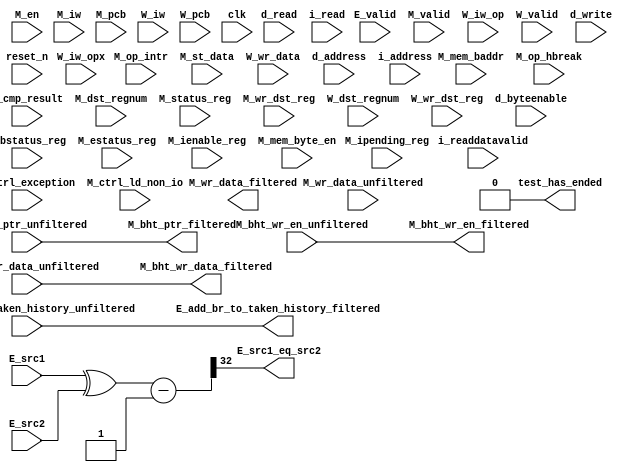
//Legal Notice: (C)2011 Altera Corporation. All rights reserved.  Your
//use of Altera Corporation's design tools, logic functions and other
//software and tools, and its AMPP partner logic functions, and any
//output files any of the foregoing (including device programming or
//simulation files), and any associated documentation or information are
//expressly subject to the terms and conditions of the Altera Program
//License Subscription Agreement or other applicable license agreement,
//including, without limitation, that your use is for the sole purpose
//of programming logic devices manufactured by Altera and sold by Altera
//or its authorized distributors.  Please refer to the applicable
//agreement for further details.


// turn off superfluous verilog processor warnings 
// altera message_level Level1 
// altera message_off 10034 10035 10036 10037 10230 10240 10030 

module cpu_0_test_bench (
                          // inputs:
                           E_add_br_to_taken_history_unfiltered,
                           E_src1,
                           E_src2,
                           E_valid,
                           M_bht_ptr_unfiltered,
                           M_bht_wr_data_unfiltered,
                           M_bht_wr_en_unfiltered,
                           M_bstatus_reg,
                           M_cmp_result,
                           M_ctrl_exception,
                           M_ctrl_ld_non_io,
                           M_dst_regnum,
                           M_en,
                           M_estatus_reg,
                           M_ienable_reg,
                           M_ipending_reg,
                           M_iw,
                           M_mem_baddr,
                           M_mem_byte_en,
                           M_op_hbreak,
                           M_op_intr,
                           M_pcb,
                           M_st_data,
                           M_status_reg,
                           M_valid,
                           M_wr_data_unfiltered,
                           M_wr_dst_reg,
                           W_dst_regnum,
                           W_iw,
                           W_iw_op,
                           W_iw_opx,
                           W_pcb,
                           W_valid,
                           W_wr_data,
                           W_wr_dst_reg,
                           clk,
                           d_address,
                           d_byteenable,
                           d_read,
                           d_write,
                           i_address,
                           i_read,
                           i_readdatavalid,
                           reset_n,

                          // outputs:
                           E_add_br_to_taken_history_filtered,
                           E_src1_eq_src2,
                           M_bht_ptr_filtered,
                           M_bht_wr_data_filtered,
                           M_bht_wr_en_filtered,
                           M_wr_data_filtered,
                           test_has_ended
                        )
;

  output           E_add_br_to_taken_history_filtered;
  output           E_src1_eq_src2;
  output  [  7: 0] M_bht_ptr_filtered;
  output  [  1: 0] M_bht_wr_data_filtered;
  output           M_bht_wr_en_filtered;
  output  [ 31: 0] M_wr_data_filtered;
  output           test_has_ended;
  input            E_add_br_to_taken_history_unfiltered;
  input   [ 31: 0] E_src1;
  input   [ 31: 0] E_src2;
  input            E_valid;
  input   [  7: 0] M_bht_ptr_unfiltered;
  input   [  1: 0] M_bht_wr_data_unfiltered;
  input            M_bht_wr_en_unfiltered;
  input            M_bstatus_reg;
  input            M_cmp_result;
  input            M_ctrl_exception;
  input            M_ctrl_ld_non_io;
  input   [  4: 0] M_dst_regnum;
  input            M_en;
  input            M_estatus_reg;
  input   [ 31: 0] M_ienable_reg;
  input   [ 31: 0] M_ipending_reg;
  input   [ 31: 0] M_iw;
  input   [ 22: 0] M_mem_baddr;
  input   [  3: 0] M_mem_byte_en;
  input            M_op_hbreak;
  input            M_op_intr;
  input   [ 22: 0] M_pcb;
  input   [ 31: 0] M_st_data;
  input            M_status_reg;
  input            M_valid;
  input   [ 31: 0] M_wr_data_unfiltered;
  input            M_wr_dst_reg;
  input   [  4: 0] W_dst_regnum;
  input   [ 31: 0] W_iw;
  input   [  5: 0] W_iw_op;
  input   [  5: 0] W_iw_opx;
  input   [ 22: 0] W_pcb;
  input            W_valid;
  input   [ 31: 0] W_wr_data;
  input            W_wr_dst_reg;
  input            clk;
  input   [ 22: 0] d_address;
  input   [  3: 0] d_byteenable;
  input            d_read;
  input            d_write;
  input   [ 22: 0] i_address;
  input            i_read;
  input            i_readdatavalid;
  input            reset_n;

  wire             E_add_br_to_taken_history_filtered;
  wire             E_src1_eq_src2;
  wire    [ 32: 0] E_src1_src2_fast_cmp;
  wire    [  7: 0] M_bht_ptr_filtered;
  wire    [  1: 0] M_bht_wr_data_filtered;
  wire             M_bht_wr_en_filtered;
  reg     [ 22: 0] M_target_pcb;
  wire    [ 31: 0] M_wr_data_filtered;
  wire             M_wr_data_unfiltered_0_is_x;
  wire             M_wr_data_unfiltered_10_is_x;
  wire             M_wr_data_unfiltered_11_is_x;
  wire             M_wr_data_unfiltered_12_is_x;
  wire             M_wr_data_unfiltered_13_is_x;
  wire             M_wr_data_unfiltered_14_is_x;
  wire             M_wr_data_unfiltered_15_is_x;
  wire             M_wr_data_unfiltered_16_is_x;
  wire             M_wr_data_unfiltered_17_is_x;
  wire             M_wr_data_unfiltered_18_is_x;
  wire             M_wr_data_unfiltered_19_is_x;
  wire             M_wr_data_unfiltered_1_is_x;
  wire             M_wr_data_unfiltered_20_is_x;
  wire             M_wr_data_unfiltered_21_is_x;
  wire             M_wr_data_unfiltered_22_is_x;
  wire             M_wr_data_unfiltered_23_is_x;
  wire             M_wr_data_unfiltered_24_is_x;
  wire             M_wr_data_unfiltered_25_is_x;
  wire             M_wr_data_unfiltered_26_is_x;
  wire             M_wr_data_unfiltered_27_is_x;
  wire             M_wr_data_unfiltered_28_is_x;
  wire             M_wr_data_unfiltered_29_is_x;
  wire             M_wr_data_unfiltered_2_is_x;
  wire             M_wr_data_unfiltered_30_is_x;
  wire             M_wr_data_unfiltered_31_is_x;
  wire             M_wr_data_unfiltered_3_is_x;
  wire             M_wr_data_unfiltered_4_is_x;
  wire             M_wr_data_unfiltered_5_is_x;
  wire             M_wr_data_unfiltered_6_is_x;
  wire             M_wr_data_unfiltered_7_is_x;
  wire             M_wr_data_unfiltered_8_is_x;
  wire             M_wr_data_unfiltered_9_is_x;
  wire    [ 55: 0] W_inst;
  wire             W_op_add;
  wire             W_op_addi;
  wire             W_op_and;
  wire             W_op_andhi;
  wire             W_op_andi;
  wire             W_op_beq;
  wire             W_op_bge;
  wire             W_op_bgeu;
  wire             W_op_blt;
  wire             W_op_bltu;
  wire             W_op_bne;
  wire             W_op_br;
  wire             W_op_break;
  wire             W_op_bret;
  wire             W_op_call;
  wire             W_op_callr;
  wire             W_op_cmpeq;
  wire             W_op_cmpeqi;
  wire             W_op_cmpge;
  wire             W_op_cmpgei;
  wire             W_op_cmpgeu;
  wire             W_op_cmpgeui;
  wire             W_op_cmplt;
  wire             W_op_cmplti;
  wire             W_op_cmpltu;
  wire             W_op_cmpltui;
  wire             W_op_cmpne;
  wire             W_op_cmpnei;
  wire             W_op_crst;
  wire             W_op_custom;
  wire             W_op_div;
  wire             W_op_divu;
  wire             W_op_eret;
  wire             W_op_flushd;
  wire             W_op_flushda;
  wire             W_op_flushi;
  wire             W_op_flushp;
  wire             W_op_hbreak;
  wire             W_op_initd;
  wire             W_op_initda;
  wire             W_op_initi;
  wire             W_op_intr;
  wire             W_op_jmp;
  wire             W_op_jmpi;
  wire             W_op_ldb;
  wire             W_op_ldbio;
  wire             W_op_ldbu;
  wire             W_op_ldbuio;
  wire             W_op_ldh;
  wire             W_op_ldhio;
  wire             W_op_ldhu;
  wire             W_op_ldhuio;
  wire             W_op_ldl;
  wire             W_op_ldw;
  wire             W_op_ldwio;
  wire             W_op_mul;
  wire             W_op_muli;
  wire             W_op_mulxss;
  wire             W_op_mulxsu;
  wire             W_op_mulxuu;
  wire             W_op_nextpc;
  wire             W_op_nor;
  wire             W_op_opx;
  wire             W_op_or;
  wire             W_op_orhi;
  wire             W_op_ori;
  wire             W_op_rdctl;
  wire             W_op_ret;
  wire             W_op_rol;
  wire             W_op_roli;
  wire             W_op_ror;
  wire             W_op_rsv02;
  wire             W_op_rsv09;
  wire             W_op_rsv10;
  wire             W_op_rsv17;
  wire             W_op_rsv18;
  wire             W_op_rsv25;
  wire             W_op_rsv26;
  wire             W_op_rsv33;
  wire             W_op_rsv34;
  wire             W_op_rsv41;
  wire             W_op_rsv42;
  wire             W_op_rsv49;
  wire             W_op_rsv56;
  wire             W_op_rsv57;
  wire             W_op_rsv61;
  wire             W_op_rsv62;
  wire             W_op_rsv63;
  wire             W_op_rsvx00;
  wire             W_op_rsvx10;
  wire             W_op_rsvx15;
  wire             W_op_rsvx17;
  wire             W_op_rsvx20;
  wire             W_op_rsvx21;
  wire             W_op_rsvx25;
  wire             W_op_rsvx33;
  wire             W_op_rsvx34;
  wire             W_op_rsvx35;
  wire             W_op_rsvx42;
  wire             W_op_rsvx43;
  wire             W_op_rsvx44;
  wire             W_op_rsvx47;
  wire             W_op_rsvx50;
  wire             W_op_rsvx51;
  wire             W_op_rsvx55;
  wire             W_op_rsvx56;
  wire             W_op_rsvx60;
  wire             W_op_rsvx63;
  wire             W_op_sll;
  wire             W_op_slli;
  wire             W_op_sra;
  wire             W_op_srai;
  wire             W_op_srl;
  wire             W_op_srli;
  wire             W_op_stb;
  wire             W_op_stbio;
  wire             W_op_stc;
  wire             W_op_sth;
  wire             W_op_sthio;
  wire             W_op_stw;
  wire             W_op_stwio;
  wire             W_op_sub;
  wire             W_op_sync;
  wire             W_op_trap;
  wire             W_op_wrctl;
  wire             W_op_xor;
  wire             W_op_xorhi;
  wire             W_op_xori;
  wire    [ 55: 0] W_vinst;
  wire             test_has_ended;
  always @(posedge clk or negedge reset_n)
    begin
      if (reset_n == 0)
          M_target_pcb <= 0;
      else if (M_en)
          M_target_pcb <= E_src1[22 : 0];
    end


  assign E_src1_src2_fast_cmp = {1'b0, E_src1 ^ E_src2} - 33'b1;
  assign E_src1_eq_src2 = E_src1_src2_fast_cmp[32];
  //Propagating 'X' data bits
  assign E_add_br_to_taken_history_filtered = E_add_br_to_taken_history_unfiltered;

  //Propagating 'X' data bits
  assign M_bht_wr_en_filtered = M_bht_wr_en_unfiltered;

  //Propagating 'X' data bits
  assign M_bht_wr_data_filtered = M_bht_wr_data_unfiltered;

  //Propagating 'X' data bits
  assign M_bht_ptr_filtered = M_bht_ptr_unfiltered;

  assign test_has_ended = 1'b0;
  assign W_op_rsv02 = W_iw_op[5 : 0] == 2;
  assign W_op_cmplti = W_iw_op[5 : 0] == 16;
  assign W_op_rsv18 = W_iw_op[5 : 0] == 18;
  assign W_op_rsv26 = W_iw_op[5 : 0] == 26;
  assign W_op_rsv42 = W_iw_op[5 : 0] == 42;
  assign W_op_ldbio = W_iw_op[5 : 0] == 39;
  assign W_op_ldbu = W_iw_op[5 : 0] == 3;
  assign W_op_orhi = W_iw_op[5 : 0] == 52;
  assign W_op_bge = W_iw_op[5 : 0] == 14;
  assign W_op_stc = W_iw_op[5 : 0] == 29;
  assign W_op_br = W_iw_op[5 : 0] == 6;
  assign W_op_ldhio = W_iw_op[5 : 0] == 47;
  assign W_op_rsv41 = W_iw_op[5 : 0] == 41;
  assign W_op_ldwio = W_iw_op[5 : 0] == 55;
  assign W_op_rsv61 = W_iw_op[5 : 0] == 61;
  assign W_op_opx = W_iw_op[5 : 0] == 58;
  assign W_op_stb = W_iw_op[5 : 0] == 5;
  assign W_op_rsv62 = W_iw_op[5 : 0] == 62;
  assign W_op_bltu = W_iw_op[5 : 0] == 54;
  assign W_op_custom = W_iw_op[5 : 0] == 50;
  assign W_op_muli = W_iw_op[5 : 0] == 36;
  assign W_op_xori = W_iw_op[5 : 0] == 28;
  assign W_op_cmpgei = W_iw_op[5 : 0] == 8;
  assign W_op_ldw = W_iw_op[5 : 0] == 23;
  assign W_op_cmpeqi = W_iw_op[5 : 0] == 32;
  assign W_op_ldh = W_iw_op[5 : 0] == 15;
  assign W_op_stw = W_iw_op[5 : 0] == 21;
  assign W_op_rsv09 = W_iw_op[5 : 0] == 9;
  assign W_op_cmpnei = W_iw_op[5 : 0] == 24;
  assign W_op_ldb = W_iw_op[5 : 0] == 7;
  assign W_op_bgeu = W_iw_op[5 : 0] == 46;
  assign W_op_stwio = W_iw_op[5 : 0] == 53;
  assign W_op_rsv33 = W_iw_op[5 : 0] == 33;
  assign W_op_ldl = W_iw_op[5 : 0] == 31;
  assign W_op_andhi = W_iw_op[5 : 0] == 44;
  assign W_op_ldbuio = W_iw_op[5 : 0] == 35;
  assign W_op_rsv34 = W_iw_op[5 : 0] == 34;
  assign W_op_sthio = W_iw_op[5 : 0] == 45;
  assign W_op_cmpgeui = W_iw_op[5 : 0] == 40;
  assign W_op_stbio = W_iw_op[5 : 0] == 37;
  assign W_op_andi = W_iw_op[5 : 0] == 12;
  assign W_op_addi = W_iw_op[5 : 0] == 4;
  assign W_op_flushda = W_iw_op[5 : 0] == 27;
  assign W_op_rsv49 = W_iw_op[5 : 0] == 49;
  assign W_op_jmpi = W_iw_op[5 : 0] == 1;
  assign W_op_initda = W_iw_op[5 : 0] == 19;
  assign W_op_blt = W_iw_op[5 : 0] == 22;
  assign W_op_beq = W_iw_op[5 : 0] == 38;
  assign W_op_ori = W_iw_op[5 : 0] == 20;
  assign W_op_cmpltui = W_iw_op[5 : 0] == 48;
  assign W_op_xorhi = W_iw_op[5 : 0] == 60;
  assign W_op_rsv56 = W_iw_op[5 : 0] == 56;
  assign W_op_ldhuio = W_iw_op[5 : 0] == 43;
  assign W_op_rsv63 = W_iw_op[5 : 0] == 63;
  assign W_op_bne = W_iw_op[5 : 0] == 30;
  assign W_op_rsv57 = W_iw_op[5 : 0] == 57;
  assign W_op_call = W_iw_op[5 : 0] == 0;
  assign W_op_ldhu = W_iw_op[5 : 0] == 11;
  assign W_op_flushd = W_iw_op[5 : 0] == 59;
  assign W_op_initd = W_iw_op[5 : 0] == 51;
  assign W_op_rsv10 = W_iw_op[5 : 0] == 10;
  assign W_op_rsv17 = W_iw_op[5 : 0] == 17;
  assign W_op_sth = W_iw_op[5 : 0] == 13;
  assign W_op_rsv25 = W_iw_op[5 : 0] == 25;
  assign W_op_flushi = W_op_opx & (W_iw_opx[5 : 0] == 12);
  assign W_op_mulxuu = W_op_opx & (W_iw_opx[5 : 0] == 7);
  assign W_op_rsvx33 = W_op_opx & (W_iw_opx[5 : 0] == 33);
  assign W_op_wrctl = W_op_opx & (W_iw_opx[5 : 0] == 46);
  assign W_op_roli = W_op_opx & (W_iw_opx[5 : 0] == 2);
  assign W_op_intr = W_op_opx & (W_iw_opx[5 : 0] == 61);
  assign W_op_rsvx43 = W_op_opx & (W_iw_opx[5 : 0] == 43);
  assign W_op_srl = W_op_opx & (W_iw_opx[5 : 0] == 27);
  assign W_op_trap = W_op_opx & (W_iw_opx[5 : 0] == 45);
  assign W_op_rsvx17 = W_op_opx & (W_iw_opx[5 : 0] == 17);
  assign W_op_break = W_op_opx & (W_iw_opx[5 : 0] == 52);
  assign W_op_rdctl = W_op_opx & (W_iw_opx[5 : 0] == 38);
  assign W_op_cmpltu = W_op_opx & (W_iw_opx[5 : 0] == 48);
  assign W_op_callr = W_op_opx & (W_iw_opx[5 : 0] == 29);
  assign W_op_cmpge = W_op_opx & (W_iw_opx[5 : 0] == 8);
  assign W_op_rsvx47 = W_op_opx & (W_iw_opx[5 : 0] == 47);
  assign W_op_and = W_op_opx & (W_iw_opx[5 : 0] == 14);
  assign W_op_rsvx00 = W_op_opx & (W_iw_opx[5 : 0] == 0);
  assign W_op_rsvx56 = W_op_opx & (W_iw_opx[5 : 0] == 56);
  assign W_op_hbreak = W_op_opx & (W_iw_opx[5 : 0] == 53);
  assign W_op_flushp = W_op_opx & (W_iw_opx[5 : 0] == 4);
  assign W_op_nor = W_op_opx & (W_iw_opx[5 : 0] == 6);
  assign W_op_rsvx50 = W_op_opx & (W_iw_opx[5 : 0] == 50);
  assign W_op_initi = W_op_opx & (W_iw_opx[5 : 0] == 41);
  assign W_op_srai = W_op_opx & (W_iw_opx[5 : 0] == 58);
  assign W_op_sync = W_op_opx & (W_iw_opx[5 : 0] == 54);
  assign W_op_rsvx15 = W_op_opx & (W_iw_opx[5 : 0] == 15);
  assign W_op_rsvx55 = W_op_opx & (W_iw_opx[5 : 0] == 55);
  assign W_op_crst = W_op_opx & (W_iw_opx[5 : 0] == 62);
  assign W_op_rsvx42 = W_op_opx & (W_iw_opx[5 : 0] == 42);
  assign W_op_xor = W_op_opx & (W_iw_opx[5 : 0] == 30);
  assign W_op_rsvx34 = W_op_opx & (W_iw_opx[5 : 0] == 34);
  assign W_op_mulxss = W_op_opx & (W_iw_opx[5 : 0] == 31);
  assign W_op_rsvx51 = W_op_opx & (W_iw_opx[5 : 0] == 51);
  assign W_op_rsvx10 = W_op_opx & (W_iw_opx[5 : 0] == 10);
  assign W_op_eret = W_op_opx & (W_iw_opx[5 : 0] == 1);
  assign W_op_rsvx25 = W_op_opx & (W_iw_opx[5 : 0] == 25);
  assign W_op_jmp = W_op_opx & (W_iw_opx[5 : 0] == 13);
  assign W_op_or = W_op_opx & (W_iw_opx[5 : 0] == 22);
  assign W_op_rsvx35 = W_op_opx & (W_iw_opx[5 : 0] == 35);
  assign W_op_sra = W_op_opx & (W_iw_opx[5 : 0] == 59);
  assign W_op_rsvx20 = W_op_opx & (W_iw_opx[5 : 0] == 20);
  assign W_op_slli = W_op_opx & (W_iw_opx[5 : 0] == 18);
  assign W_op_mulxsu = W_op_opx & (W_iw_opx[5 : 0] == 23);
  assign W_op_rsvx21 = W_op_opx & (W_iw_opx[5 : 0] == 21);
  assign W_op_ror = W_op_opx & (W_iw_opx[5 : 0] == 11);
  assign W_op_srli = W_op_opx & (W_iw_opx[5 : 0] == 26);
  assign W_op_sll = W_op_opx & (W_iw_opx[5 : 0] == 19);
  assign W_op_div = W_op_opx & (W_iw_opx[5 : 0] == 37);
  assign W_op_cmplt = W_op_opx & (W_iw_opx[5 : 0] == 16);
  assign W_op_add = W_op_opx & (W_iw_opx[5 : 0] == 49);
  assign W_op_rsvx44 = W_op_opx & (W_iw_opx[5 : 0] == 44);
  assign W_op_bret = W_op_opx & (W_iw_opx[5 : 0] == 9);
  assign W_op_rsvx60 = W_op_opx & (W_iw_opx[5 : 0] == 60);
  assign W_op_rsvx63 = W_op_opx & (W_iw_opx[5 : 0] == 63);
  assign W_op_mul = W_op_opx & (W_iw_opx[5 : 0] == 39);
  assign W_op_cmpgeu = W_op_opx & (W_iw_opx[5 : 0] == 40);
  assign W_op_cmpne = W_op_opx & (W_iw_opx[5 : 0] == 24);
  assign W_op_cmpeq = W_op_opx & (W_iw_opx[5 : 0] == 32);
  assign W_op_ret = W_op_opx & (W_iw_opx[5 : 0] == 5);
  assign W_op_rol = W_op_opx & (W_iw_opx[5 : 0] == 3);
  assign W_op_sub = W_op_opx & (W_iw_opx[5 : 0] == 57);
  assign W_op_nextpc = W_op_opx & (W_iw_opx[5 : 0] == 28);
  assign W_op_divu = W_op_opx & (W_iw_opx[5 : 0] == 36);

//synthesis translate_off
//////////////// SIMULATION-ONLY CONTENTS
  //Clearing 'X' data bits
  assign M_wr_data_unfiltered_0_is_x = ^(M_wr_data_unfiltered[0]) === 1'bx;

  assign M_wr_data_filtered[0] = (M_wr_data_unfiltered_0_is_x & (M_ctrl_ld_non_io)) ? 1'b0 : M_wr_data_unfiltered[0];
  assign M_wr_data_unfiltered_1_is_x = ^(M_wr_data_unfiltered[1]) === 1'bx;
  assign M_wr_data_filtered[1] = (M_wr_data_unfiltered_1_is_x & (M_ctrl_ld_non_io)) ? 1'b0 : M_wr_data_unfiltered[1];
  assign M_wr_data_unfiltered_2_is_x = ^(M_wr_data_unfiltered[2]) === 1'bx;
  assign M_wr_data_filtered[2] = (M_wr_data_unfiltered_2_is_x & (M_ctrl_ld_non_io)) ? 1'b0 : M_wr_data_unfiltered[2];
  assign M_wr_data_unfiltered_3_is_x = ^(M_wr_data_unfiltered[3]) === 1'bx;
  assign M_wr_data_filtered[3] = (M_wr_data_unfiltered_3_is_x & (M_ctrl_ld_non_io)) ? 1'b0 : M_wr_data_unfiltered[3];
  assign M_wr_data_unfiltered_4_is_x = ^(M_wr_data_unfiltered[4]) === 1'bx;
  assign M_wr_data_filtered[4] = (M_wr_data_unfiltered_4_is_x & (M_ctrl_ld_non_io)) ? 1'b0 : M_wr_data_unfiltered[4];
  assign M_wr_data_unfiltered_5_is_x = ^(M_wr_data_unfiltered[5]) === 1'bx;
  assign M_wr_data_filtered[5] = (M_wr_data_unfiltered_5_is_x & (M_ctrl_ld_non_io)) ? 1'b0 : M_wr_data_unfiltered[5];
  assign M_wr_data_unfiltered_6_is_x = ^(M_wr_data_unfiltered[6]) === 1'bx;
  assign M_wr_data_filtered[6] = (M_wr_data_unfiltered_6_is_x & (M_ctrl_ld_non_io)) ? 1'b0 : M_wr_data_unfiltered[6];
  assign M_wr_data_unfiltered_7_is_x = ^(M_wr_data_unfiltered[7]) === 1'bx;
  assign M_wr_data_filtered[7] = (M_wr_data_unfiltered_7_is_x & (M_ctrl_ld_non_io)) ? 1'b0 : M_wr_data_unfiltered[7];
  assign M_wr_data_unfiltered_8_is_x = ^(M_wr_data_unfiltered[8]) === 1'bx;
  assign M_wr_data_filtered[8] = (M_wr_data_unfiltered_8_is_x & (M_ctrl_ld_non_io)) ? 1'b0 : M_wr_data_unfiltered[8];
  assign M_wr_data_unfiltered_9_is_x = ^(M_wr_data_unfiltered[9]) === 1'bx;
  assign M_wr_data_filtered[9] = (M_wr_data_unfiltered_9_is_x & (M_ctrl_ld_non_io)) ? 1'b0 : M_wr_data_unfiltered[9];
  assign M_wr_data_unfiltered_10_is_x = ^(M_wr_data_unfiltered[10]) === 1'bx;
  assign M_wr_data_filtered[10] = (M_wr_data_unfiltered_10_is_x & (M_ctrl_ld_non_io)) ? 1'b0 : M_wr_data_unfiltered[10];
  assign M_wr_data_unfiltered_11_is_x = ^(M_wr_data_unfiltered[11]) === 1'bx;
  assign M_wr_data_filtered[11] = (M_wr_data_unfiltered_11_is_x & (M_ctrl_ld_non_io)) ? 1'b0 : M_wr_data_unfiltered[11];
  assign M_wr_data_unfiltered_12_is_x = ^(M_wr_data_unfiltered[12]) === 1'bx;
  assign M_wr_data_filtered[12] = (M_wr_data_unfiltered_12_is_x & (M_ctrl_ld_non_io)) ? 1'b0 : M_wr_data_unfiltered[12];
  assign M_wr_data_unfiltered_13_is_x = ^(M_wr_data_unfiltered[13]) === 1'bx;
  assign M_wr_data_filtered[13] = (M_wr_data_unfiltered_13_is_x & (M_ctrl_ld_non_io)) ? 1'b0 : M_wr_data_unfiltered[13];
  assign M_wr_data_unfiltered_14_is_x = ^(M_wr_data_unfiltered[14]) === 1'bx;
  assign M_wr_data_filtered[14] = (M_wr_data_unfiltered_14_is_x & (M_ctrl_ld_non_io)) ? 1'b0 : M_wr_data_unfiltered[14];
  assign M_wr_data_unfiltered_15_is_x = ^(M_wr_data_unfiltered[15]) === 1'bx;
  assign M_wr_data_filtered[15] = (M_wr_data_unfiltered_15_is_x & (M_ctrl_ld_non_io)) ? 1'b0 : M_wr_data_unfiltered[15];
  assign M_wr_data_unfiltered_16_is_x = ^(M_wr_data_unfiltered[16]) === 1'bx;
  assign M_wr_data_filtered[16] = (M_wr_data_unfiltered_16_is_x & (M_ctrl_ld_non_io)) ? 1'b0 : M_wr_data_unfiltered[16];
  assign M_wr_data_unfiltered_17_is_x = ^(M_wr_data_unfiltered[17]) === 1'bx;
  assign M_wr_data_filtered[17] = (M_wr_data_unfiltered_17_is_x & (M_ctrl_ld_non_io)) ? 1'b0 : M_wr_data_unfiltered[17];
  assign M_wr_data_unfiltered_18_is_x = ^(M_wr_data_unfiltered[18]) === 1'bx;
  assign M_wr_data_filtered[18] = (M_wr_data_unfiltered_18_is_x & (M_ctrl_ld_non_io)) ? 1'b0 : M_wr_data_unfiltered[18];
  assign M_wr_data_unfiltered_19_is_x = ^(M_wr_data_unfiltered[19]) === 1'bx;
  assign M_wr_data_filtered[19] = (M_wr_data_unfiltered_19_is_x & (M_ctrl_ld_non_io)) ? 1'b0 : M_wr_data_unfiltered[19];
  assign M_wr_data_unfiltered_20_is_x = ^(M_wr_data_unfiltered[20]) === 1'bx;
  assign M_wr_data_filtered[20] = (M_wr_data_unfiltered_20_is_x & (M_ctrl_ld_non_io)) ? 1'b0 : M_wr_data_unfiltered[20];
  assign M_wr_data_unfiltered_21_is_x = ^(M_wr_data_unfiltered[21]) === 1'bx;
  assign M_wr_data_filtered[21] = (M_wr_data_unfiltered_21_is_x & (M_ctrl_ld_non_io)) ? 1'b0 : M_wr_data_unfiltered[21];
  assign M_wr_data_unfiltered_22_is_x = ^(M_wr_data_unfiltered[22]) === 1'bx;
  assign M_wr_data_filtered[22] = (M_wr_data_unfiltered_22_is_x & (M_ctrl_ld_non_io)) ? 1'b0 : M_wr_data_unfiltered[22];
  assign M_wr_data_unfiltered_23_is_x = ^(M_wr_data_unfiltered[23]) === 1'bx;
  assign M_wr_data_filtered[23] = (M_wr_data_unfiltered_23_is_x & (M_ctrl_ld_non_io)) ? 1'b0 : M_wr_data_unfiltered[23];
  assign M_wr_data_unfiltered_24_is_x = ^(M_wr_data_unfiltered[24]) === 1'bx;
  assign M_wr_data_filtered[24] = (M_wr_data_unfiltered_24_is_x & (M_ctrl_ld_non_io)) ? 1'b0 : M_wr_data_unfiltered[24];
  assign M_wr_data_unfiltered_25_is_x = ^(M_wr_data_unfiltered[25]) === 1'bx;
  assign M_wr_data_filtered[25] = (M_wr_data_unfiltered_25_is_x & (M_ctrl_ld_non_io)) ? 1'b0 : M_wr_data_unfiltered[25];
  assign M_wr_data_unfiltered_26_is_x = ^(M_wr_data_unfiltered[26]) === 1'bx;
  assign M_wr_data_filtered[26] = (M_wr_data_unfiltered_26_is_x & (M_ctrl_ld_non_io)) ? 1'b0 : M_wr_data_unfiltered[26];
  assign M_wr_data_unfiltered_27_is_x = ^(M_wr_data_unfiltered[27]) === 1'bx;
  assign M_wr_data_filtered[27] = (M_wr_data_unfiltered_27_is_x & (M_ctrl_ld_non_io)) ? 1'b0 : M_wr_data_unfiltered[27];
  assign M_wr_data_unfiltered_28_is_x = ^(M_wr_data_unfiltered[28]) === 1'bx;
  assign M_wr_data_filtered[28] = (M_wr_data_unfiltered_28_is_x & (M_ctrl_ld_non_io)) ? 1'b0 : M_wr_data_unfiltered[28];
  assign M_wr_data_unfiltered_29_is_x = ^(M_wr_data_unfiltered[29]) === 1'bx;
  assign M_wr_data_filtered[29] = (M_wr_data_unfiltered_29_is_x & (M_ctrl_ld_non_io)) ? 1'b0 : M_wr_data_unfiltered[29];
  assign M_wr_data_unfiltered_30_is_x = ^(M_wr_data_unfiltered[30]) === 1'bx;
  assign M_wr_data_filtered[30] = (M_wr_data_unfiltered_30_is_x & (M_ctrl_ld_non_io)) ? 1'b0 : M_wr_data_unfiltered[30];
  assign M_wr_data_unfiltered_31_is_x = ^(M_wr_data_unfiltered[31]) === 1'bx;
  assign M_wr_data_filtered[31] = (M_wr_data_unfiltered_31_is_x & (M_ctrl_ld_non_io)) ? 1'b0 : M_wr_data_unfiltered[31];
  always @(posedge clk)
    begin
      if (reset_n)
          if (^(W_wr_dst_reg) === 1'bx)
            begin
              $write("%0d ns: ERROR: cpu_0_test_bench/W_wr_dst_reg is 'x'\n", $time);
              $stop;
            end
    end


  always @(posedge clk or negedge reset_n)
    begin
      if (reset_n == 0)
        begin
        end
      else if (W_wr_dst_reg)
          if (^(W_dst_regnum) === 1'bx)
            begin
              $write("%0d ns: ERROR: cpu_0_test_bench/W_dst_regnum is 'x'\n", $time);
              $stop;
            end
    end


  always @(posedge clk or negedge reset_n)
    begin
      if (reset_n == 0)
        begin
        end
      else if (W_wr_dst_reg)
          if (^(W_wr_data) === 1'bx)
            begin
              $write("%0d ns: ERROR: cpu_0_test_bench/W_wr_data is 'x'\n", $time);
              $stop;
            end
    end


  always @(posedge clk)
    begin
      if (reset_n)
          if (^(W_valid) === 1'bx)
            begin
              $write("%0d ns: ERROR: cpu_0_test_bench/W_valid is 'x'\n", $time);
              $stop;
            end
    end


  always @(posedge clk or negedge reset_n)
    begin
      if (reset_n == 0)
        begin
        end
      else if (W_valid)
          if (^(W_pcb) === 1'bx)
            begin
              $write("%0d ns: ERROR: cpu_0_test_bench/W_pcb is 'x'\n", $time);
              $stop;
            end
    end


  always @(posedge clk or negedge reset_n)
    begin
      if (reset_n == 0)
        begin
        end
      else if (W_valid)
          if (^(W_iw) === 1'bx)
            begin
              $write("%0d ns: ERROR: cpu_0_test_bench/W_iw is 'x'\n", $time);
              $stop;
            end
    end


  always @(posedge clk)
    begin
      if (reset_n)
          if (^(M_en) === 1'bx)
            begin
              $write("%0d ns: ERROR: cpu_0_test_bench/M_en is 'x'\n", $time);
              $stop;
            end
    end


  always @(posedge clk)
    begin
      if (reset_n)
          if (^(E_valid) === 1'bx)
            begin
              $write("%0d ns: ERROR: cpu_0_test_bench/E_valid is 'x'\n", $time);
              $stop;
            end
    end


  always @(posedge clk)
    begin
      if (reset_n)
          if (^(M_valid) === 1'bx)
            begin
              $write("%0d ns: ERROR: cpu_0_test_bench/M_valid is 'x'\n", $time);
              $stop;
            end
    end


  always @(posedge clk or negedge reset_n)
    begin
      if (reset_n == 0)
        begin
        end
      else if (M_valid & M_en & M_wr_dst_reg)
          if (^(M_wr_data_unfiltered) === 1'bx)
            begin
              $write("%0d ns: WARNING: cpu_0_test_bench/M_wr_data_unfiltered is 'x'\n", $time);
            end
    end


  always @(posedge clk)
    begin
      if (reset_n)
          if (^(i_read) === 1'bx)
            begin
              $write("%0d ns: ERROR: cpu_0_test_bench/i_read is 'x'\n", $time);
              $stop;
            end
    end


  always @(posedge clk or negedge reset_n)
    begin
      if (reset_n == 0)
        begin
        end
      else if (i_read)
          if (^(i_address) === 1'bx)
            begin
              $write("%0d ns: ERROR: cpu_0_test_bench/i_address is 'x'\n", $time);
              $stop;
            end
    end


  always @(posedge clk)
    begin
      if (reset_n)
          if (^(i_readdatavalid) === 1'bx)
            begin
              $write("%0d ns: ERROR: cpu_0_test_bench/i_readdatavalid is 'x'\n", $time);
              $stop;
            end
    end


  always @(posedge clk)
    begin
      if (reset_n)
          if (^(d_write) === 1'bx)
            begin
              $write("%0d ns: ERROR: cpu_0_test_bench/d_write is 'x'\n", $time);
              $stop;
            end
    end


  always @(posedge clk or negedge reset_n)
    begin
      if (reset_n == 0)
        begin
        end
      else if (d_write)
          if (^(d_byteenable) === 1'bx)
            begin
              $write("%0d ns: ERROR: cpu_0_test_bench/d_byteenable is 'x'\n", $time);
              $stop;
            end
    end


  always @(posedge clk or negedge reset_n)
    begin
      if (reset_n == 0)
        begin
        end
      else if (d_write | d_read)
          if (^(d_address) === 1'bx)
            begin
              $write("%0d ns: ERROR: cpu_0_test_bench/d_address is 'x'\n", $time);
              $stop;
            end
    end


  always @(posedge clk)
    begin
      if (reset_n)
          if (^(d_read) === 1'bx)
            begin
              $write("%0d ns: ERROR: cpu_0_test_bench/d_read is 'x'\n", $time);
              $stop;
            end
    end


  
  reg [31:0] trace_handle; // for $fopen
  initial  
  begin
    trace_handle = $fopen("cpu_0.tr");
    $fwrite(trace_handle, "version 3\nnumThreads 1\n");
  end
  always @(posedge clk)
    begin
      if ((~reset_n || (M_valid & M_en)) && ~test_has_ended)
          $fwrite(trace_handle, "%0d ns: %0h,%0h,%0h,%0h,%0h,%0h,%0h,%0h,%0h,%0h,%0h,%0h,%0h,%0h,%0h,%0h,%0h,%0h,%0h,%0h,%0h,%0h,%0h,%0h,%0h,%0h,%0h,%0h,%0h,%0h,%0h\n", $time, ~reset_n, M_pcb, 0, M_op_intr, M_op_hbreak, M_iw, ~(M_op_intr | M_op_hbreak), M_wr_dst_reg, M_dst_regnum, M_wr_data_filtered, M_mem_baddr, M_st_data, M_mem_byte_en, M_cmp_result, M_target_pcb, M_status_reg, M_estatus_reg, M_bstatus_reg, M_ienable_reg, M_ipending_reg, 0, 0, 0, 0, 0, 0, 0, 0, 0, 0, M_ctrl_exception);
    end


  assign W_inst = ((((W_iw_op[5 : 0] == 2))))? 56'h20207273763032 :
    ((((W_iw_op[5 : 0] == 16))))? 56'h20636d706c7469 :
    ((((W_iw_op[5 : 0] == 18))))? 56'h20207273763138 :
    ((((W_iw_op[5 : 0] == 26))))? 56'h20207273763236 :
    ((((W_iw_op[5 : 0] == 42))))? 56'h20207273763432 :
    ((((W_iw_op[5 : 0] == 39))))? 56'h20206c6462696f :
    ((((W_iw_op[5 : 0] == 3))))? 56'h2020206c646275 :
    ((((W_iw_op[5 : 0] == 52))))? 56'h2020206f726869 :
    ((((W_iw_op[5 : 0] == 14))))? 56'h20202020626765 :
    ((((W_iw_op[5 : 0] == 29))))? 56'h20202020737463 :
    ((((W_iw_op[5 : 0] == 6))))? 56'h20202020206272 :
    ((((W_iw_op[5 : 0] == 47))))? 56'h20206c6468696f :
    ((((W_iw_op[5 : 0] == 41))))? 56'h20207273763431 :
    ((((W_iw_op[5 : 0] == 55))))? 56'h20206c6477696f :
    ((((W_iw_op[5 : 0] == 61))))? 56'h20207273763631 :
    ((((W_iw_op[5 : 0] == 5))))? 56'h20202020737462 :
    ((((W_iw_op[5 : 0] == 62))))? 56'h20207273763632 :
    ((((W_iw_op[5 : 0] == 54))))? 56'h202020626c7475 :
    ((((W_iw_op[5 : 0] == 50))))? 56'h20637573746f6d :
    ((((W_iw_op[5 : 0] == 36))))? 56'h2020206d756c69 :
    ((((W_iw_op[5 : 0] == 28))))? 56'h202020786f7269 :
    ((((W_iw_op[5 : 0] == 8))))? 56'h20636d70676569 :
    ((((W_iw_op[5 : 0] == 23))))? 56'h202020206c6477 :
    ((((W_iw_op[5 : 0] == 32))))? 56'h20636d70657169 :
    ((((W_iw_op[5 : 0] == 15))))? 56'h202020206c6468 :
    ((((W_iw_op[5 : 0] == 21))))? 56'h20202020737477 :
    ((((W_iw_op[5 : 0] == 9))))? 56'h20207273763039 :
    ((((W_iw_op[5 : 0] == 24))))? 56'h20636d706e6569 :
    ((((W_iw_op[5 : 0] == 7))))? 56'h202020206c6462 :
    ((((W_iw_op[5 : 0] == 46))))? 56'h20202062676575 :
    ((((W_iw_op[5 : 0] == 53))))? 56'h2020737477696f :
    ((((W_iw_op[5 : 0] == 33))))? 56'h20207273763333 :
    ((((W_iw_op[5 : 0] == 31))))? 56'h202020206c646c :
    ((((W_iw_op[5 : 0] == 44))))? 56'h2020616e646869 :
    ((((W_iw_op[5 : 0] == 35))))? 56'h206c646275696f :
    ((((W_iw_op[5 : 0] == 34))))? 56'h20207273763334 :
    ((((W_iw_op[5 : 0] == 45))))? 56'h2020737468696f :
    ((((W_iw_op[5 : 0] == 40))))? 56'h636d7067657569 :
    ((((W_iw_op[5 : 0] == 37))))? 56'h2020737462696f :
    ((((W_iw_op[5 : 0] == 12))))? 56'h202020616e6469 :
    ((((W_iw_op[5 : 0] == 4))))? 56'h20202061646469 :
    ((((W_iw_op[5 : 0] == 27))))? 56'h666c7573686461 :
    ((((W_iw_op[5 : 0] == 49))))? 56'h20207273763439 :
    ((((W_iw_op[5 : 0] == 1))))? 56'h2020206a6d7069 :
    ((((W_iw_op[5 : 0] == 19))))? 56'h20696e69746461 :
    ((((W_iw_op[5 : 0] == 22))))? 56'h20202020626c74 :
    ((((W_iw_op[5 : 0] == 38))))? 56'h20202020626571 :
    ((((W_iw_op[5 : 0] == 20))))? 56'h202020206f7269 :
    ((((W_iw_op[5 : 0] == 48))))? 56'h636d706c747569 :
    ((((W_iw_op[5 : 0] == 60))))? 56'h2020786f726869 :
    ((((W_iw_op[5 : 0] == 56))))? 56'h20207273763536 :
    ((((W_iw_op[5 : 0] == 43))))? 56'h206c646875696f :
    ((((W_iw_op[5 : 0] == 63))))? 56'h20207273763633 :
    ((((W_iw_op[5 : 0] == 30))))? 56'h20202020626e65 :
    ((((W_iw_op[5 : 0] == 57))))? 56'h20207273763537 :
    ((((W_iw_op[5 : 0] == 0))))? 56'h20202063616c6c :
    ((((W_iw_op[5 : 0] == 11))))? 56'h2020206c646875 :
    ((((W_iw_op[5 : 0] == 59))))? 56'h20666c75736864 :
    ((((W_iw_op[5 : 0] == 51))))? 56'h2020696e697464 :
    ((((W_iw_op[5 : 0] == 10))))? 56'h20207273763130 :
    ((((W_iw_op[5 : 0] == 17))))? 56'h20207273763137 :
    ((((W_iw_op[5 : 0] == 13))))? 56'h20202020737468 :
    ((((W_iw_op[5 : 0] == 25))))? 56'h20207273763235 :
    (((W_op_opx & (W_iw_opx[5 : 0] == 12))))? 56'h20666c75736869 :
    (((W_op_opx & (W_iw_opx[5 : 0] == 7))))? 56'h206d756c787575 :
    (((W_op_opx & (W_iw_opx[5 : 0] == 33))))? 56'h20727376783333 :
    (((W_op_opx & (W_iw_opx[5 : 0] == 46))))? 56'h2020777263746c :
    (((W_op_opx & (W_iw_opx[5 : 0] == 2))))? 56'h202020726f6c69 :
    (((W_op_opx & (W_iw_opx[5 : 0] == 61))))? 56'h202020696e7472 :
    (((W_op_opx & (W_iw_opx[5 : 0] == 43))))? 56'h20727376783433 :
    (((W_op_opx & (W_iw_opx[5 : 0] == 27))))? 56'h2020202073726c :
    (((W_op_opx & (W_iw_opx[5 : 0] == 45))))? 56'h20202074726170 :
    (((W_op_opx & (W_iw_opx[5 : 0] == 17))))? 56'h20727376783137 :
    (((W_op_opx & (W_iw_opx[5 : 0] == 52))))? 56'h2020627265616b :
    (((W_op_opx & (W_iw_opx[5 : 0] == 38))))? 56'h2020726463746c :
    (((W_op_opx & (W_iw_opx[5 : 0] == 48))))? 56'h20636d706c7475 :
    (((W_op_opx & (W_iw_opx[5 : 0] == 29))))? 56'h202063616c6c72 :
    (((W_op_opx & (W_iw_opx[5 : 0] == 8))))? 56'h2020636d706765 :
    (((W_op_opx & (W_iw_opx[5 : 0] == 47))))? 56'h20727376783437 :
    (((W_op_opx & (W_iw_opx[5 : 0] == 14))))? 56'h20202020616e64 :
    (((W_op_opx & (W_iw_opx[5 : 0] == 0))))? 56'h20727376783030 :
    (((W_op_opx & (W_iw_opx[5 : 0] == 56))))? 56'h20727376783536 :
    (((W_op_opx & (W_iw_opx[5 : 0] == 53))))? 56'h2068627265616b :
    (((W_op_opx & (W_iw_opx[5 : 0] == 4))))? 56'h20666c75736870 :
    (((W_op_opx & (W_iw_opx[5 : 0] == 6))))? 56'h202020206e6f72 :
    (((W_op_opx & (W_iw_opx[5 : 0] == 50))))? 56'h20727376783530 :
    (((W_op_opx & (W_iw_opx[5 : 0] == 41))))? 56'h2020696e697469 :
    (((W_op_opx & (W_iw_opx[5 : 0] == 58))))? 56'h20202073726169 :
    (((W_op_opx & (W_iw_opx[5 : 0] == 54))))? 56'h20202073796e63 :
    (((W_op_opx & (W_iw_opx[5 : 0] == 15))))? 56'h20727376783135 :
    (((W_op_opx & (W_iw_opx[5 : 0] == 55))))? 56'h20727376783535 :
    (((W_op_opx & (W_iw_opx[5 : 0] == 62))))? 56'h20202063727374 :
    (((W_op_opx & (W_iw_opx[5 : 0] == 42))))? 56'h20727376783432 :
    (((W_op_opx & (W_iw_opx[5 : 0] == 30))))? 56'h20202020786f72 :
    (((W_op_opx & (W_iw_opx[5 : 0] == 34))))? 56'h20727376783334 :
    (((W_op_opx & (W_iw_opx[5 : 0] == 31))))? 56'h206d756c787373 :
    (((W_op_opx & (W_iw_opx[5 : 0] == 51))))? 56'h20727376783531 :
    (((W_op_opx & (W_iw_opx[5 : 0] == 10))))? 56'h20727376783130 :
    (((W_op_opx & (W_iw_opx[5 : 0] == 1))))? 56'h20202065726574 :
    (((W_op_opx & (W_iw_opx[5 : 0] == 25))))? 56'h20727376783235 :
    (((W_op_opx & (W_iw_opx[5 : 0] == 13))))? 56'h202020206a6d70 :
    (((W_op_opx & (W_iw_opx[5 : 0] == 22))))? 56'h20202020206f72 :
    (((W_op_opx & (W_iw_opx[5 : 0] == 35))))? 56'h20727376783335 :
    (((W_op_opx & (W_iw_opx[5 : 0] == 59))))? 56'h20202020737261 :
    (((W_op_opx & (W_iw_opx[5 : 0] == 20))))? 56'h20727376783230 :
    (((W_op_opx & (W_iw_opx[5 : 0] == 18))))? 56'h202020736c6c69 :
    (((W_op_opx & (W_iw_opx[5 : 0] == 23))))? 56'h206d756c787375 :
    (((W_op_opx & (W_iw_opx[5 : 0] == 21))))? 56'h20727376783231 :
    (((W_op_opx & (W_iw_opx[5 : 0] == 11))))? 56'h20202020726f72 :
    (((W_op_opx & (W_iw_opx[5 : 0] == 26))))? 56'h20202073726c69 :
    (((W_op_opx & (W_iw_opx[5 : 0] == 19))))? 56'h20202020736c6c :
    (((W_op_opx & (W_iw_opx[5 : 0] == 37))))? 56'h20202020646976 :
    (((W_op_opx & (W_iw_opx[5 : 0] == 16))))? 56'h2020636d706c74 :
    (((W_op_opx & (W_iw_opx[5 : 0] == 49))))? 56'h20202020616464 :
    (((W_op_opx & (W_iw_opx[5 : 0] == 44))))? 56'h20727376783434 :
    (((W_op_opx & (W_iw_opx[5 : 0] == 9))))? 56'h20202062726574 :
    (((W_op_opx & (W_iw_opx[5 : 0] == 60))))? 56'h20727376783630 :
    (((W_op_opx & (W_iw_opx[5 : 0] == 63))))? 56'h20727376783633 :
    (((W_op_opx & (W_iw_opx[5 : 0] == 39))))? 56'h202020206d756c :
    (((W_op_opx & (W_iw_opx[5 : 0] == 40))))? 56'h20636d70676575 :
    (((W_op_opx & (W_iw_opx[5 : 0] == 24))))? 56'h2020636d706e65 :
    (((W_op_opx & (W_iw_opx[5 : 0] == 32))))? 56'h2020636d706571 :
    (((W_op_opx & (W_iw_opx[5 : 0] == 5))))? 56'h20202020726574 :
    (((W_op_opx & (W_iw_opx[5 : 0] == 3))))? 56'h20202020726f6c :
    (((W_op_opx & (W_iw_opx[5 : 0] == 57))))? 56'h20202020737562 :
    (((W_op_opx & (W_iw_opx[5 : 0] == 28))))? 56'h206e6578747063 :
    (((W_op_opx & (W_iw_opx[5 : 0] == 36))))? 56'h20202064697675 :
    56'h20202020424144;

  assign W_vinst = W_valid ? W_inst : {7{8'h2d}};

//////////////// END SIMULATION-ONLY CONTENTS

//synthesis translate_on
//synthesis read_comments_as_HDL on
//  
//  assign M_wr_data_filtered = M_wr_data_unfiltered;
//
//synthesis read_comments_as_HDL off

endmodule